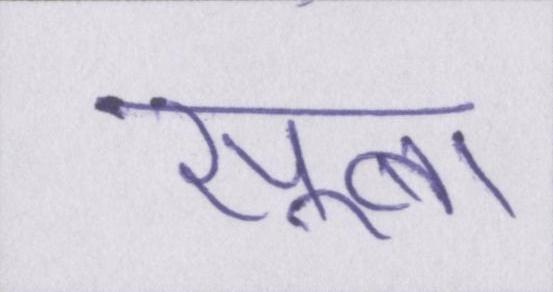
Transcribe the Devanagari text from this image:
सूबा